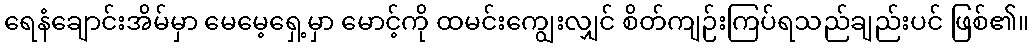
ရေနံချောင်းအိမ်မှာ မေမေ့ရှေ့မှာ မောင့်ကို ထမင်းကျွေးလျှင် စိတ်ကျဉ်းကြပ်ရသည်ချည်းပင် ဖြစ်၏။